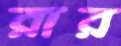
রার